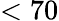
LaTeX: <70